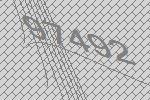
97492